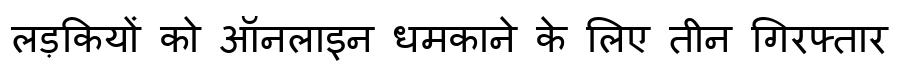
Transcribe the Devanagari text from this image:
लड़कियों को ऑनलाइन धमकाने के लिए तीन गिरफ्तार